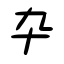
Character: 卆